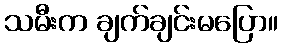
သမီးက ချက်ချင်းမပြော။